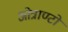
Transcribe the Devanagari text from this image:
ओत्राण्टो